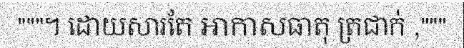
"""។ ដោយសារតែ អាកាសធាតុ ត្រជាក់ ,"""